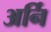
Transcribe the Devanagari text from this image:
अर्नि